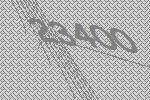
23400